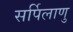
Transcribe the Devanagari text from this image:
सर्पिलाणु